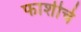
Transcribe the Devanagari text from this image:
फाशीचे